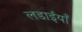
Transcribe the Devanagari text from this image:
लडाईयाँ